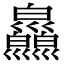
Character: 𢀎